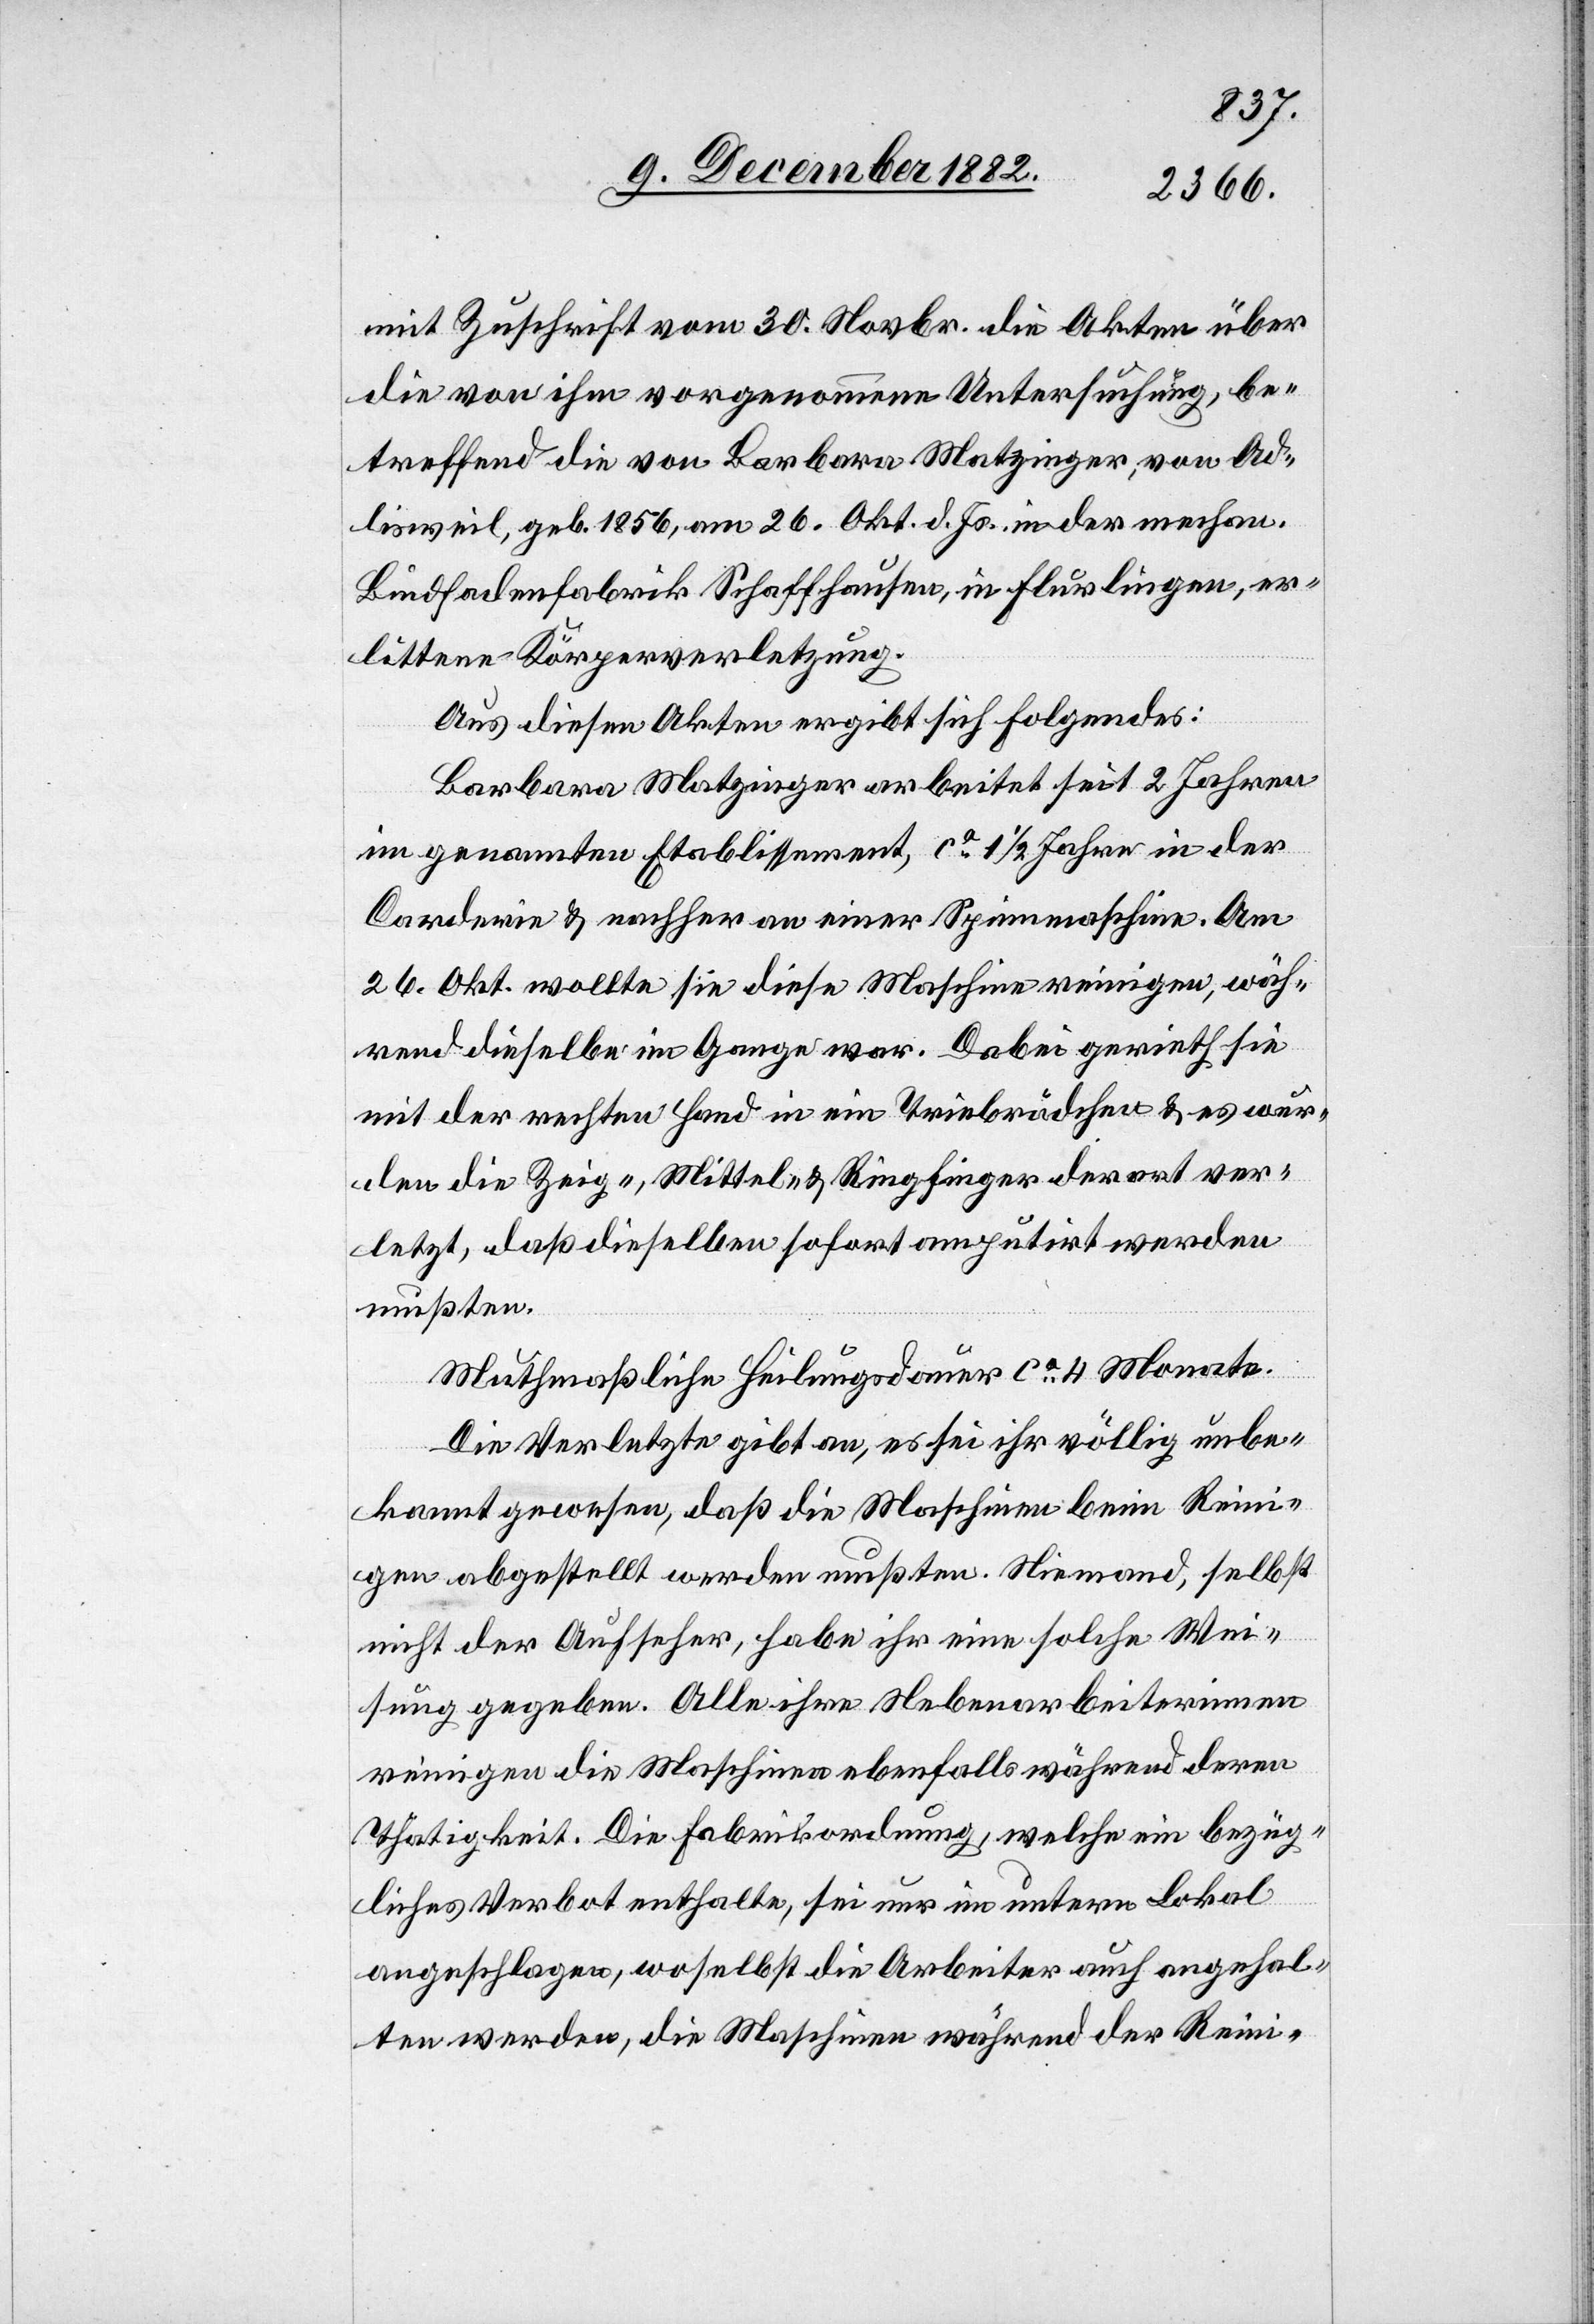
mit Zuschrift vom 30. Novbr. die Akten über
die von ihm vorgenommene Untersuchung, be¬
treffend die von Barbara Matzinger, von Ad¬
lisweil, geb. 1856, am 26. Okt. d. Js. in der mechan.
Bindfadenfabrik Schaffhausen, in Flurlingen, er¬
littene Körperverletzung.
Aus diesen Akten ergibt sich Folgendes:
Barbara Matzinger arbeitet seit 2 Jahren
im genannten Etablissement, ca 11/2 Jahre in der
Carderie & nachher an einer Spinnmaschine. Am
26. Okt. wollte sie diese Maschine reinigen, wäh¬
rend dieselbe im Gange war. Dabei gerieth sie
mit der rechten Hand in ein Triebrädchen & es wur¬
den die Zeig-, Mittel- & Ringfinger derart ver¬
letzt, daß dieselben sofort amputirt werden
mußten.
Muthmaßliche Heilungsdauer ca 4 Monate.
Die Verletzte gibt an, es sei ihr völlig unbe¬
kannt gewesen, daß die Maschine beim Rein¬
igen abgestellt werden mußten. Niemand, selbst
nicht der Aufseher, habe ihr eine solche Wei¬
sung gegeben. Alle ihre Nebenarbeiterinnen
reinigen die Maschinen ebenfalls während deren
Thätigkeit. Die Fabrikordnung, welche ein bezüg¬
liches Verbot enthalte, sei nur im untern Lokal
angeschlagen, woselbst die Arbeiter auch angehal¬
ten werden, die Maschinen während der Reini-